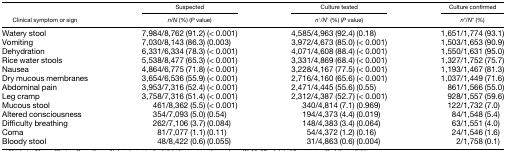
<table><thead><tr><td rowspan="2"><b>Clinical symptom or sign</b></td><td><b>Suspected</b></td><td><b>Culture tested</b></td><td><b>Culture confirmed</b></td></tr><tr><td><b><i>n</i>/<i>N</i> (%) (<i>P</i> value)</b></td><td><b><i>n</i>′/<i>N</i>′ (%) (<i>P</i> value)</b></td><td><b><i>n</i>′′/<i>N</i>′′ (%)</b></td></tr></thead><tbody><tr><td>Watery stool</td><td>7,984/8,762 (91.2) (&lt; 0.001)</td><td>4,585/4,963 (92.4) (0.18)</td><td>1,651/1,774 (93.1)</td></tr><tr><td>Vomiting</td><td>7,030/8,143 (86.3) (0.003)</td><td>3,972/4,673 (85.0) (&lt; 0.001)</td><td>1,503/1,653 (90.9)</td></tr><tr><td>Dehydration</td><td>6,331/6,334 (78.3) (&lt; 0.001)</td><td>4,071/4,608 (88.4) (&lt; 0.001)</td><td>1,550/1,631 (95.0)</td></tr><tr><td>Rice water stools</td><td>5,538/8,477 (65.3) (&lt; 0.001)</td><td>3,331/4,869 (68.4) (&lt; 0.001)</td><td>1,327/1,752 (75.7)</td></tr><tr><td>Nausea</td><td>4,864/6,775 (71.8) (&lt; 0.001)</td><td>3,228/4,167 (77.5) (&lt; 0.001)</td><td>1,193/1,467 (81.3)</td></tr><tr><td>Dry mucous membranes</td><td>3,654/6,536 (55.9) (&lt; 0.001)</td><td>2,716/4,160 (65.6) (&lt; 0.001)</td><td>1,037/1,449 (71.6)</td></tr><tr><td>Abdominal pain</td><td>3,953/7,316 (52.4) (&lt; 0.001)</td><td>2,471/4,445 (55.6) (0.55)</td><td>861/1,566 (55.0)</td></tr><tr><td>Leg cramp</td><td>3,758/7,316 (51.4) (&lt; 0.001)</td><td>2,312/4,387 (52.7) (&lt; 0.001)</td><td>928/1,557 (59.6)</td></tr><tr><td>Mucous stool</td><td>461/8,362 (5.5) (&lt; 0.001)</td><td>340/4,814 (7.1) (0.969)</td><td>122/1,732 (7.0)</td></tr><tr><td>Altered consciousness</td><td>354/7,093 (5.0) (0.54)</td><td>194/4,373 (4.4) (0.019)</td><td>84/1,548 (5.4)</td></tr><tr><td>Difficulty breathing</td><td>262/7,106 (3.7) (0.084)</td><td>148/4,383 (3.4) (0.064)</td><td>63/1,551 (4.0)</td></tr><tr><td>Coma</td><td>81/7,077 (1.1) (0.11)</td><td>54/4,372 (1.2) (0.16)</td><td>24/1,546 (1.6)</td></tr><tr><td>Bloody stool</td><td>48/8,422 (0.6) (0.055)</td><td>31/4,863 (0.6) (0.004)</td><td>2/1,758 (0.1)</td></tr></tbody></table>